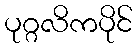
ပုဂ္ဂလိကပိုင်